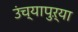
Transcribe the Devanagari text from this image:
उंच्यापुऱ्या